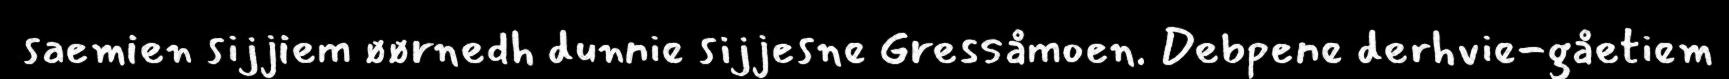
saemien sijjiem øørnedh dunnie sijjesne Gressåmoen. Debpene derhvie-gåetiem